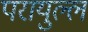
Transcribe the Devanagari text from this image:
परायुल्ल